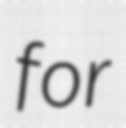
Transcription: for